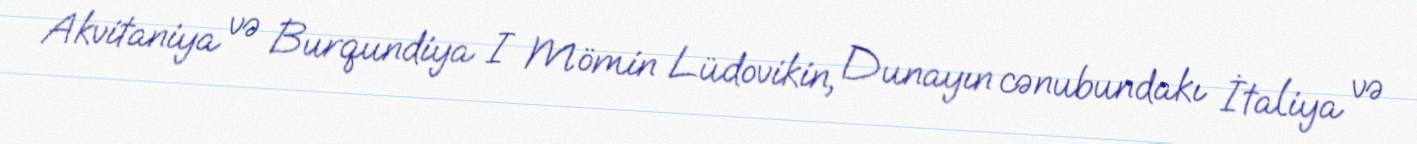
Akvitaniya və Burqundiya I Mömin Lüdovikin, Dunayın cənubundakı İtaliya və